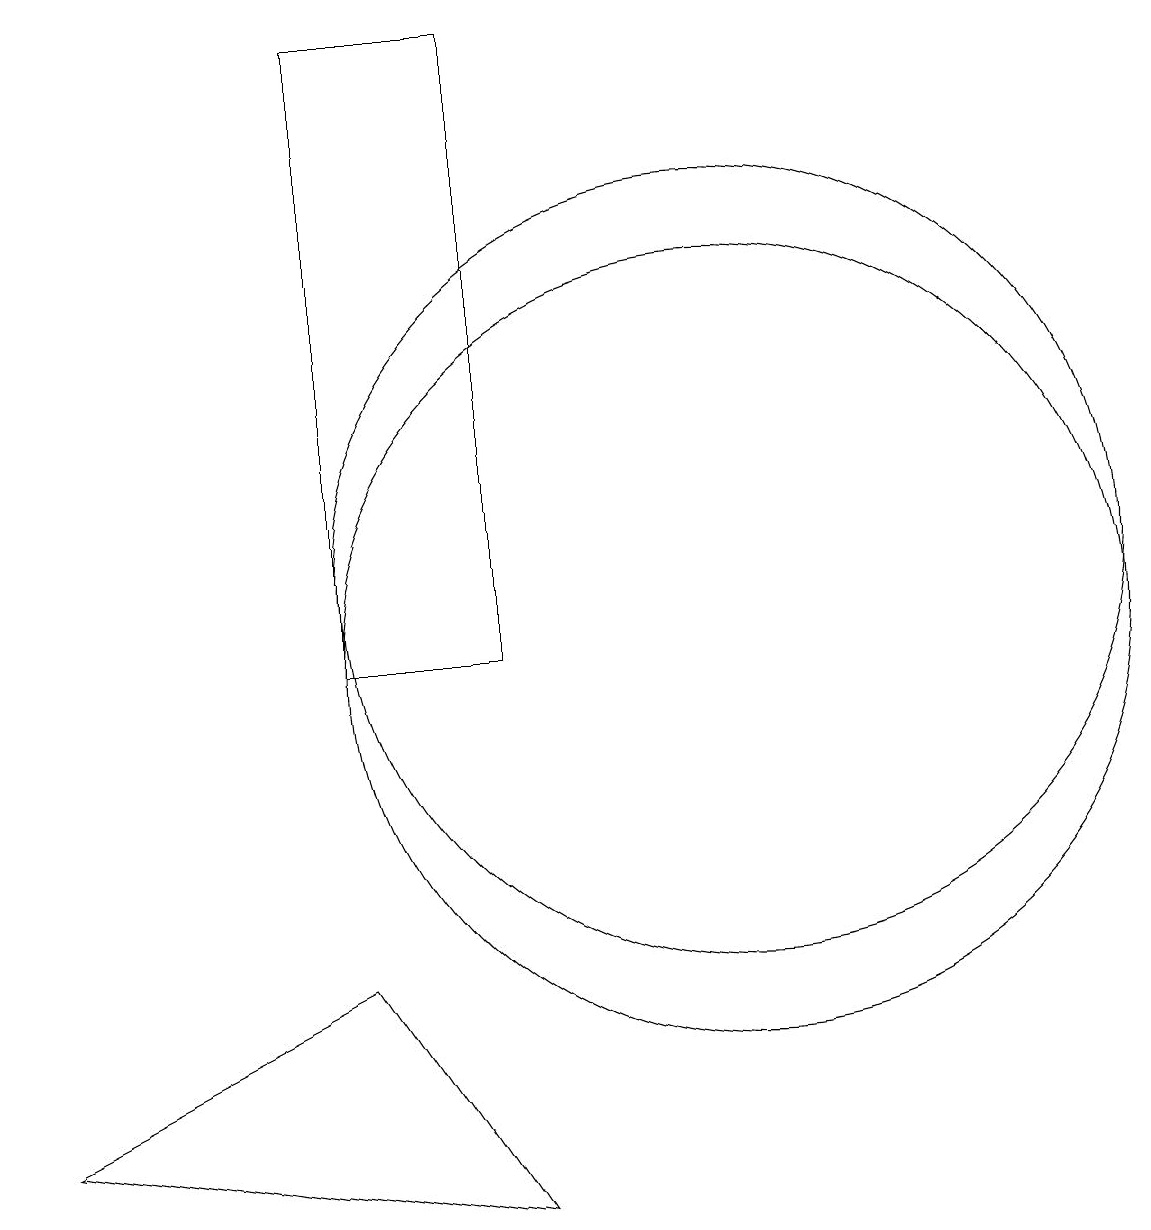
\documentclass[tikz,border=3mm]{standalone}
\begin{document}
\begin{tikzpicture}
\draw (7,18) rectangle (5,10);
\draw (7,3) -- (5,6) -- (1,4) -- cycle;
\draw (10,10) circle (5);
\draw (10,11) circle (5);
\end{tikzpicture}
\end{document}